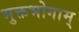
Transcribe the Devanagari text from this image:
भुक्तभोगाम्‌